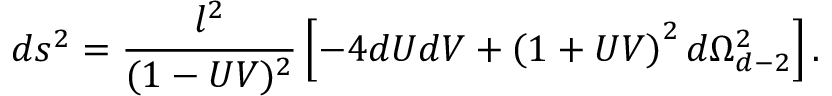
d s ^ { 2 } = \frac { l ^ { 2 } } { ( 1 - U V ) ^ { 2 } } \left[ - 4 d U d V + \left( { 1 + U V } \right) ^ { 2 } d \Omega _ { d - 2 } ^ { 2 } \right] .